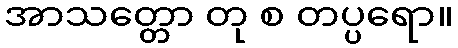
အာသတ္တော တု စ တပ္ပရော။